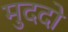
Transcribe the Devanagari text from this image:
मुददो